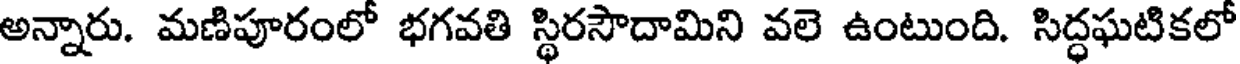
అన్నారు. మణిపూరంలో భగవతి స్థిరసౌదామిని వలె ఉంటుంది. సిద్ధఘటికలో